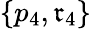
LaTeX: \{ p_{4},\mathfrak{r}_{4}\}